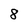
Character: 8